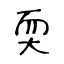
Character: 耎